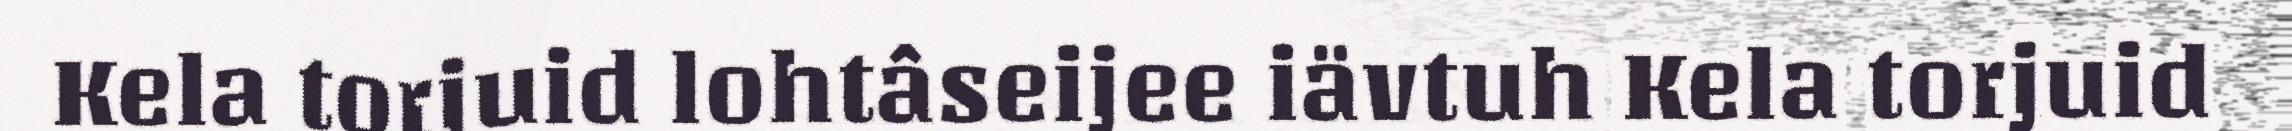
Kela torjuid lohtâseijee iävtuh Kela torjuid